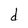
Character: d